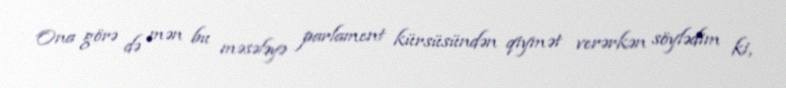
Ona görə də mən bu məsələyə parlament kürsüsündən qiymət verərkən söylədim ki,